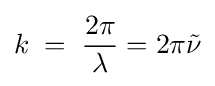
k\;=\;{\frac {2\pi }{\lambda }}=2\pi {\tilde {\nu }}